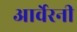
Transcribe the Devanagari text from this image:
आर्वेरनी